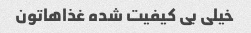
خیلی بی کیفیت شده غذاهاتون